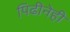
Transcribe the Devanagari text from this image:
पिढीनेही